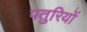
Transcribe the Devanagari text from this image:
पतुरियों